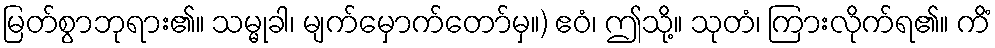
မြတ်စွာဘုရား၏။ သမ္မုခါ၊ မျက်မှောက်တော်မှ။) ဧဝံ၊ ဤသို့။ သုတံ၊ ကြားလိုက်ရ၏။ ကိံ